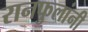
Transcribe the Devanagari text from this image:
रानफुलांनी